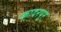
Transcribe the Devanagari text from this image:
कादरपुर